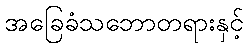
အခြေခံသဘောတရားနှင့်